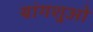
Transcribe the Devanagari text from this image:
यांगशुओ